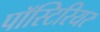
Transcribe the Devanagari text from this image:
पॉस्टिरियर